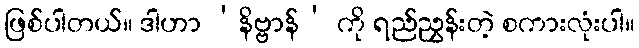
ဖြစ်ပါတယ်။ ဒါဟာ ‘နိဗ္ဗာန်’ ကို ရည်ညွှန်းတဲ့ စကားလုံးပါ။